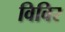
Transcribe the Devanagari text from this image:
विविर